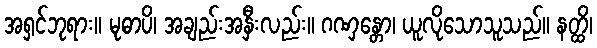
အရှင်ဘုရား။ မုဓာပိ၊ အချည်းအနှီးလည်း။ ဂဏှန္တော၊ ယူလိုသောသူသည်။ နတ္ထိ၊